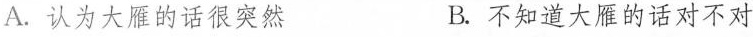
A.认为大雁的话很突然 B.不知道大雁的话对不对